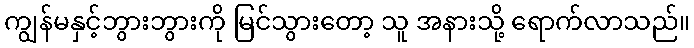
ကျွန်မနှင့်ဘွားဘွားကို မြင်သွားတော့ သူ အနားသို့ ရောက်လာသည်။